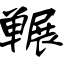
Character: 冁